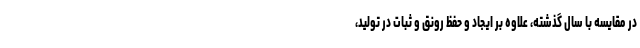
در مقایسه با سال گذشته، علاوه بر ایجاد و حفظ رونق و ثبات در تولید،‌